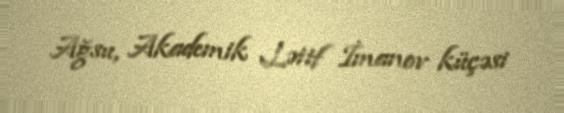
Ağsu, Akademik Lətif İmanov küçəsi